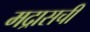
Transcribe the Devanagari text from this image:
मद्रासची